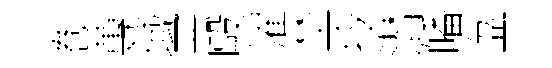
巻蓴域恶毆濯埜拎潜皤盆